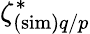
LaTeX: \zeta_{(\mathrm{sim})q/p}^{*}